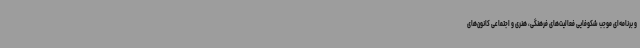
و برنامه‌ای موجب شکوفایی فعالیت‌های فرهنگی، هنری و اجتماعی کانون‌های